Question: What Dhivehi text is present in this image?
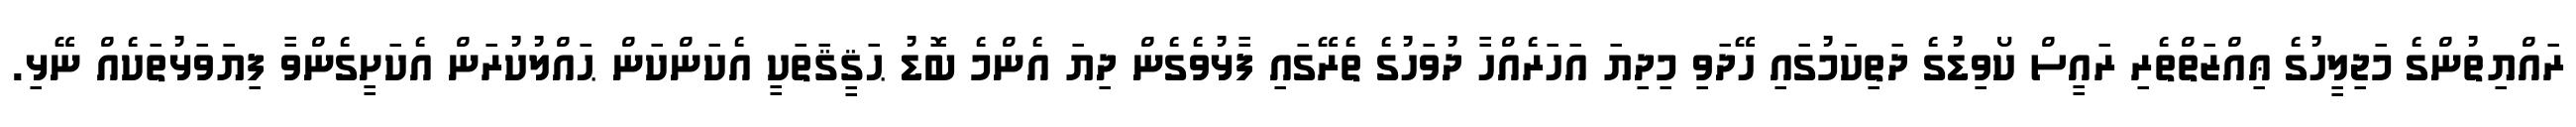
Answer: ރައްޔިތުންގެ މަޖިލީހުގެ ޢިއްޒަތްތެރި ރައީސް ކޯވިޑުގެ ދަތިކަމުގައި ހޭދަވި މިދިޔަ އަހަރެއްހާ ދުވަހުގެ ތެރޭގައި ފާޅުވެގެން ދިޔަ އެންމެ ބޮޑު ޙަޤީޤަތަކީ އެކަންކަން ޙައްލުކުރަން އެކަށީގެންވާ ފިޔަވަޅުތަކެއް ނޭޅި.